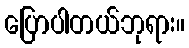
ပြောပါတယ်ဘုရား။